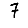
Digit: 7